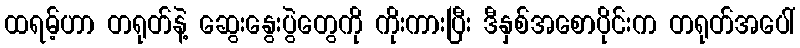
ထရမ့်ဟာ တရုတ်နဲ့ ဆွေးနွေးပွဲတွေကို ကိုးကားပြီး ဒီနှစ်အစောပိုင်းက တရုတ်အပေါ်